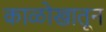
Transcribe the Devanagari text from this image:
काळोखातून